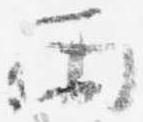
雨